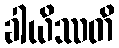
ခါယိဿတိ